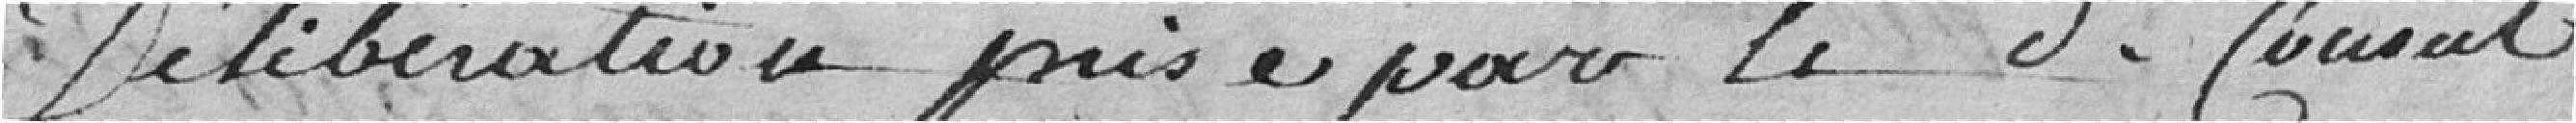
délibération prise par ledit Conseil